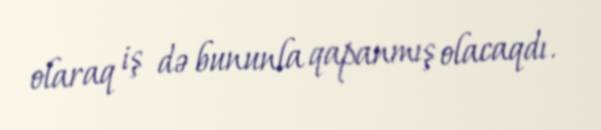
olaraq iş də bununla qapanmış olacaqdı.